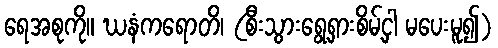
ရေအစုကို။ ဃနံကရောတိ၊ (စီးသွားရွေ့ရှားစိမ့်ငှါ မပေးမူ၍)